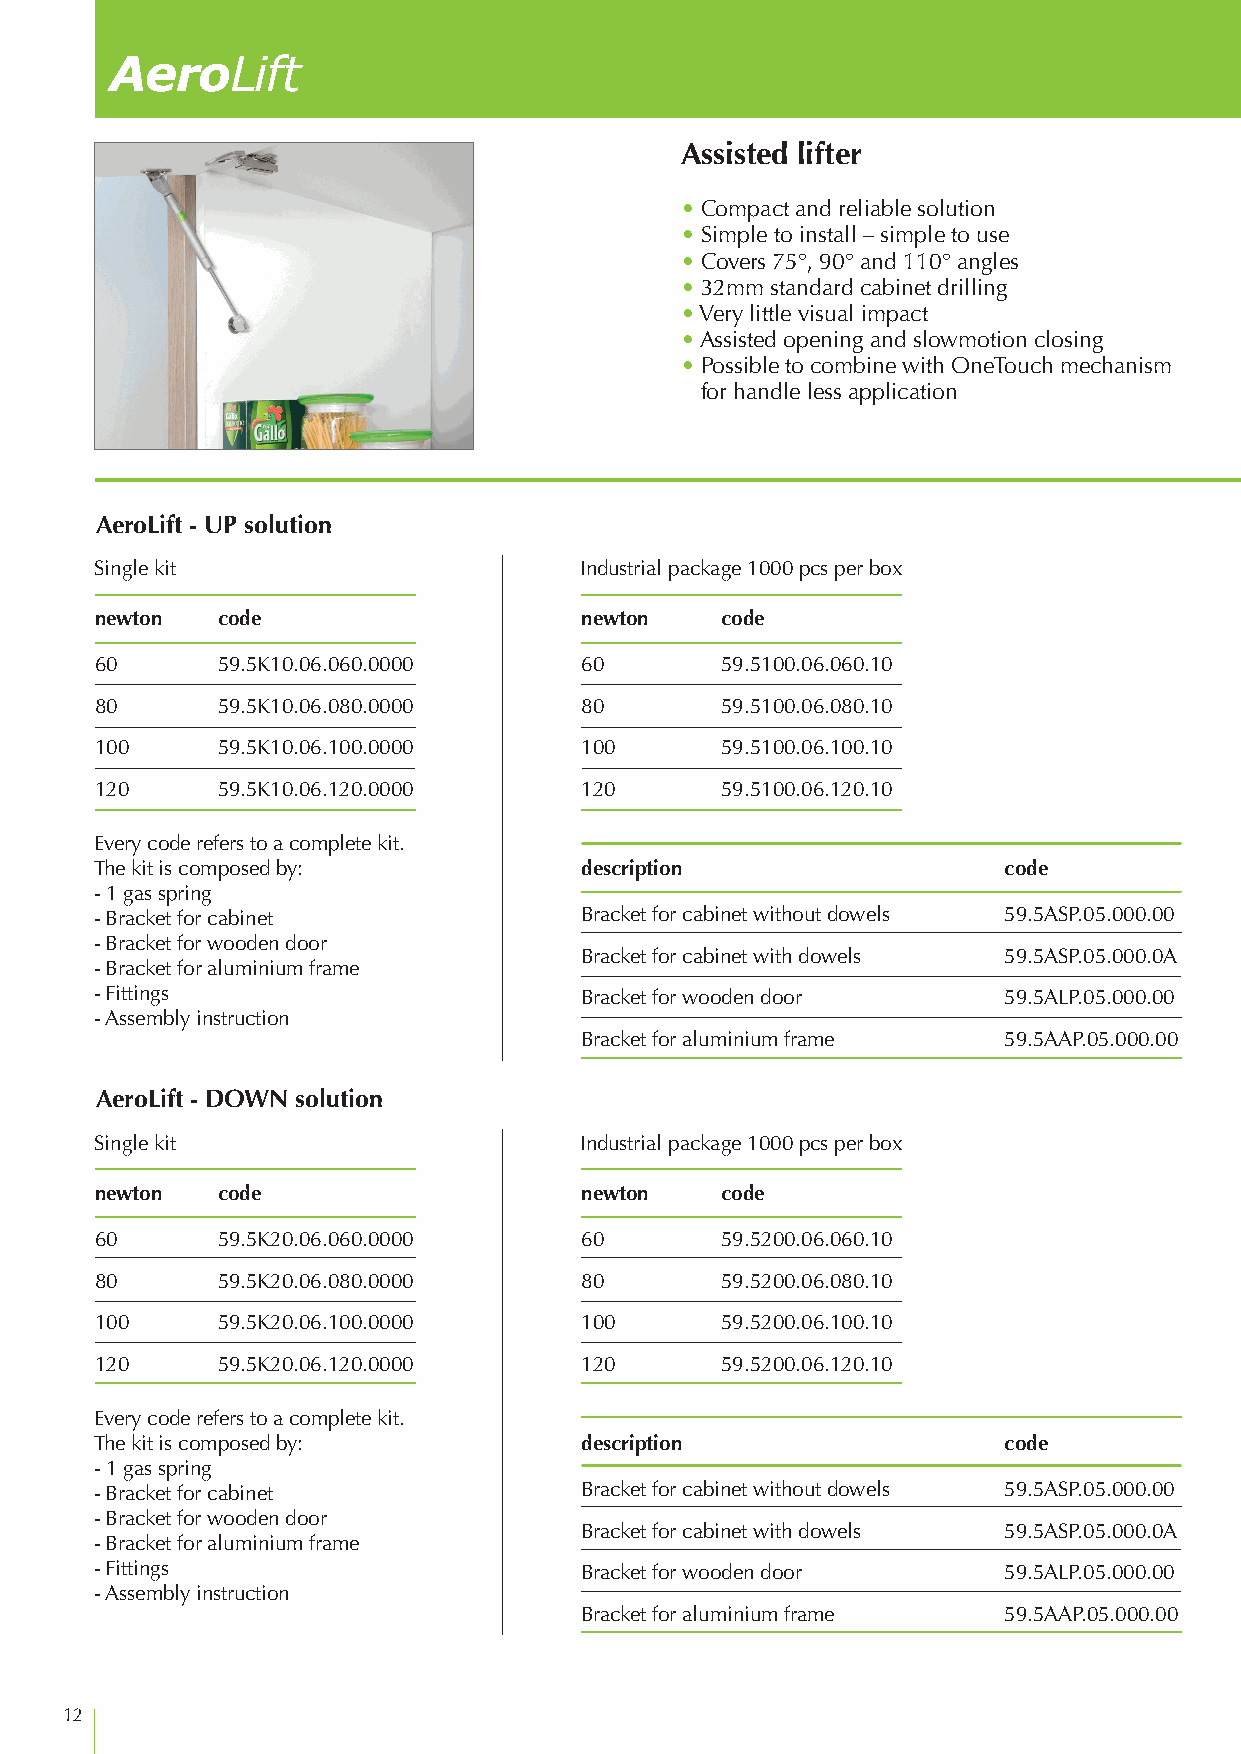
AeroLift
 Assisted lifter
 • Compact and reliable solution
 • Simple to install – simple to use
 • Covers 75°, 90° and 110° angles
 • 32mm standard cabinet drilling
 • Very little visual impact
 • Assisted opening and slowmotion closing
 • P ossible to combine with OneTouch mechanism
 for handle less application
 AeroLift - UP solution
 Single kit                      Industrial package 1000 pcs per box
 newton  code                    newton    code
 60      59.5K10.06.060.0000     60        59.5100.06.060.10
 80      59.5K10.06.080.0000     80        59.5100.06.080.10
 100     59.5K10.06.100.0000     100       59.5100.06.100.10
 120     59.5K10.06.120.0000     120       59.5100.06.120.10
 Every code refers to a complete kit.
 The kit is composed by:         description                 code
 - 1 gas spring
 - Bracket for cabinet           Bracket for cabinet without dowels 59.5ASP.05.000.00
 - Bracket for wooden door
 Bracket for cabinet with dowels 59.5ASP.05.000.0A
 - Bracket for aluminium frame
 - Fittings                      Bracket for wooden door     59.5ALP.05.000.00
 - Assembly instruction
 Bracket for aluminium frame 59.5AAP.05.000.00
 AeroLift - DOWN solution
 Single kit                      Industrial package 1000 pcs per box
 newton  code                    newton    code
 60      59.5K20.06.060.0000     60        59.5200.06.060.10
 80      59.5K20.06.080.0000     80        59.5200.06.080.10
 100     59.5K20.06.100.0000     100       59.5200.06.100.10
 120     59.5K20.06.120.0000     120       59.5200.06.120.10
 Every code refers to a complete kit.
 The kit is composed by:         description                 code
 - 1 gas spring
 - Bracket for cabinet           Bracket for cabinet without dowels 59.5ASP.05.000.00
 - Bracket for wooden door
 Bracket for cabinet with dowels 59.5ASP.05.000.0A
 - Bracket for aluminium frame
 - Fittings                      Bracket for wooden door     59.5ALP.05.000.00
 - Assembly instruction
 Bracket for aluminium frame 59.5AAP.05.000.00
 12